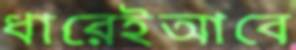
ধারেইআবে